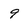
Character: 9